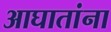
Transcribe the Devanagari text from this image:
आघातांना